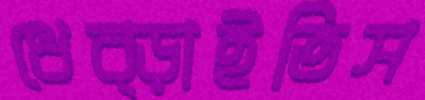
ধেব্‌ড়াইতিস